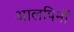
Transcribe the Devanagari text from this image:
आलपिनों